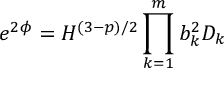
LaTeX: e ^ { 2 \phi } = H ^ { ( 3 - p ) / 2 } \prod _ { k = 1 } ^ { m } b _ { k } ^ { 2 } D _ { k }